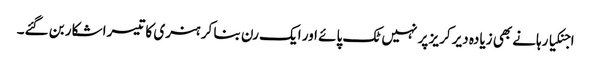
اجنکیا رہانے بھی زیادہ دیر کریز پر نہیں ٹک پائے اور ایک رن بنا کر ہنری کا تیسرا شکار بن گئے۔